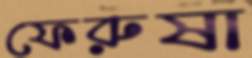
ফেরুষা